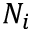
N _ { i }